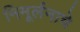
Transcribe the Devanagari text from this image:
निमूर्लनाचे